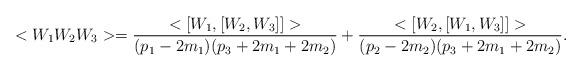
LaTeX: \begin{align*}<W_{1}W_{2}W_{3}>= \frac{<[W_{1},[W_{2},W_{3}]]>}{(p_{1} -2m_{1})(p_{3}+2m_{1}+2m_{2})}+\frac{<[W_{2},[W_{1},W_{3}]]>}{(p_{2}-2m_{2})(p_{3}+2m_{1}+2m_{2})} . \end{align*}